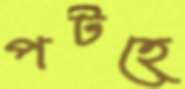
পটহে